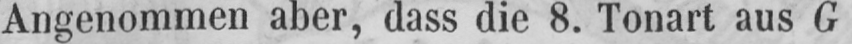
Angenommen aber, dass die 8. Tonart aus G